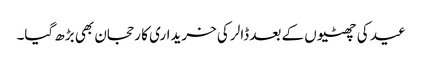
عید کی چھٹیوں کے بعد ڈالر کی خریداری کا رحجان بھی بڑھ گیا۔